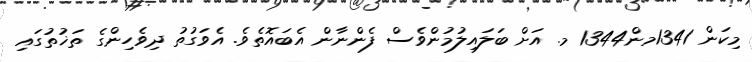
މިކަން 1341މން1344 މ. އަށް ބަލައިލުމުންވެސް ފެންނާން އެބައޮތެވެ. އެވަގުތު ދިވެހިންގެ ތަޚުތުގައި